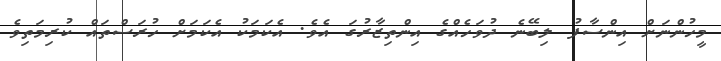
މީހުންނަށް އިންސާފު ލިބޭނެ ދުވަހެއްގެ އިންތިޒާރުގަ އެވެ. އެކަމަކު އެކަމަށް ހުރަސްތައް ކުރިމަތިވެ